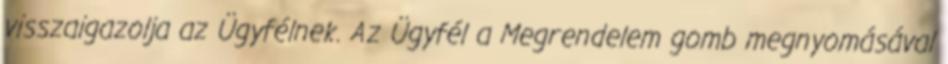
visszaigazolja az Ügyfélnek. Az Ügyfél a Megrendelem gomb megnyomásával